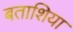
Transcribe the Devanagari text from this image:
बताशिया